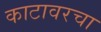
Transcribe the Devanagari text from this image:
काटावरचा